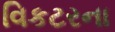
વિકટરના